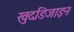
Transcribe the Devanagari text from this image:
खुदडिजाइन